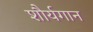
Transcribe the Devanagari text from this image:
शौर्यगान